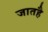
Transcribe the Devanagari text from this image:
जातहै